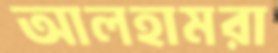
আলহামরা